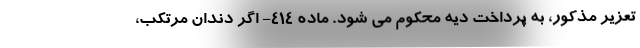
تعزیر مذکور، به پرداخت دیه محکوم می شود. ماده ۴۱۴- اگر دندان مرتکب،